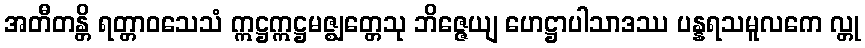
အတီတန္တိ ရတ္တာဝသေသံ ဣဋ္ဌဣဋ္ဌမဇ္ဈတ္တေသု ဘိဇ္ဇေယျ ဟေဋ္ဌာပါသာဒဿ ပန္နရသမူလကေ လ္တု